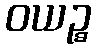
ဝယဉ္စ